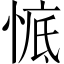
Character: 𱞧